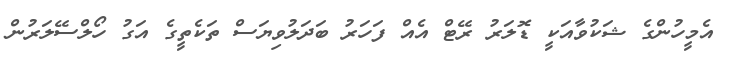
އެމީހުންގެ ޝަކުވާއަކީ ޑޮލަރު ރޭޓް އެއް ފަހަރު ބަދަލުވިޔަސް ތަކެތީގެ އަގު ހޯލްސޭލަރުން